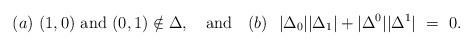
LaTeX: \begin{align*}(a) \ (1,0) \ {\rm and} \ (0,1) \notin \Delta, \ \ \ {\rm and} \ \ \ (b) \ \ |\Delta_0| |\Delta_1| + |\Delta^0||\Delta^1| \ = \ 0.\end{align*}